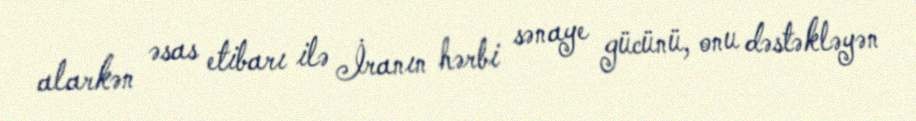
alarkən əsas etibarı ilə İranın hərbi sənaye gücünü, onu dəstəkləyən